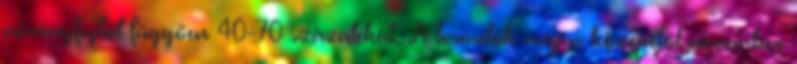
növényfajtól függően 40-70 százalékát. A termelők május közepétől november